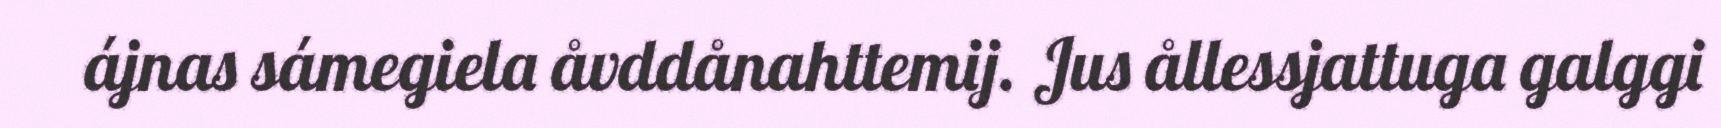
ájnas sámegiela åvddånahttemij. Jus ållessjattuga galggi